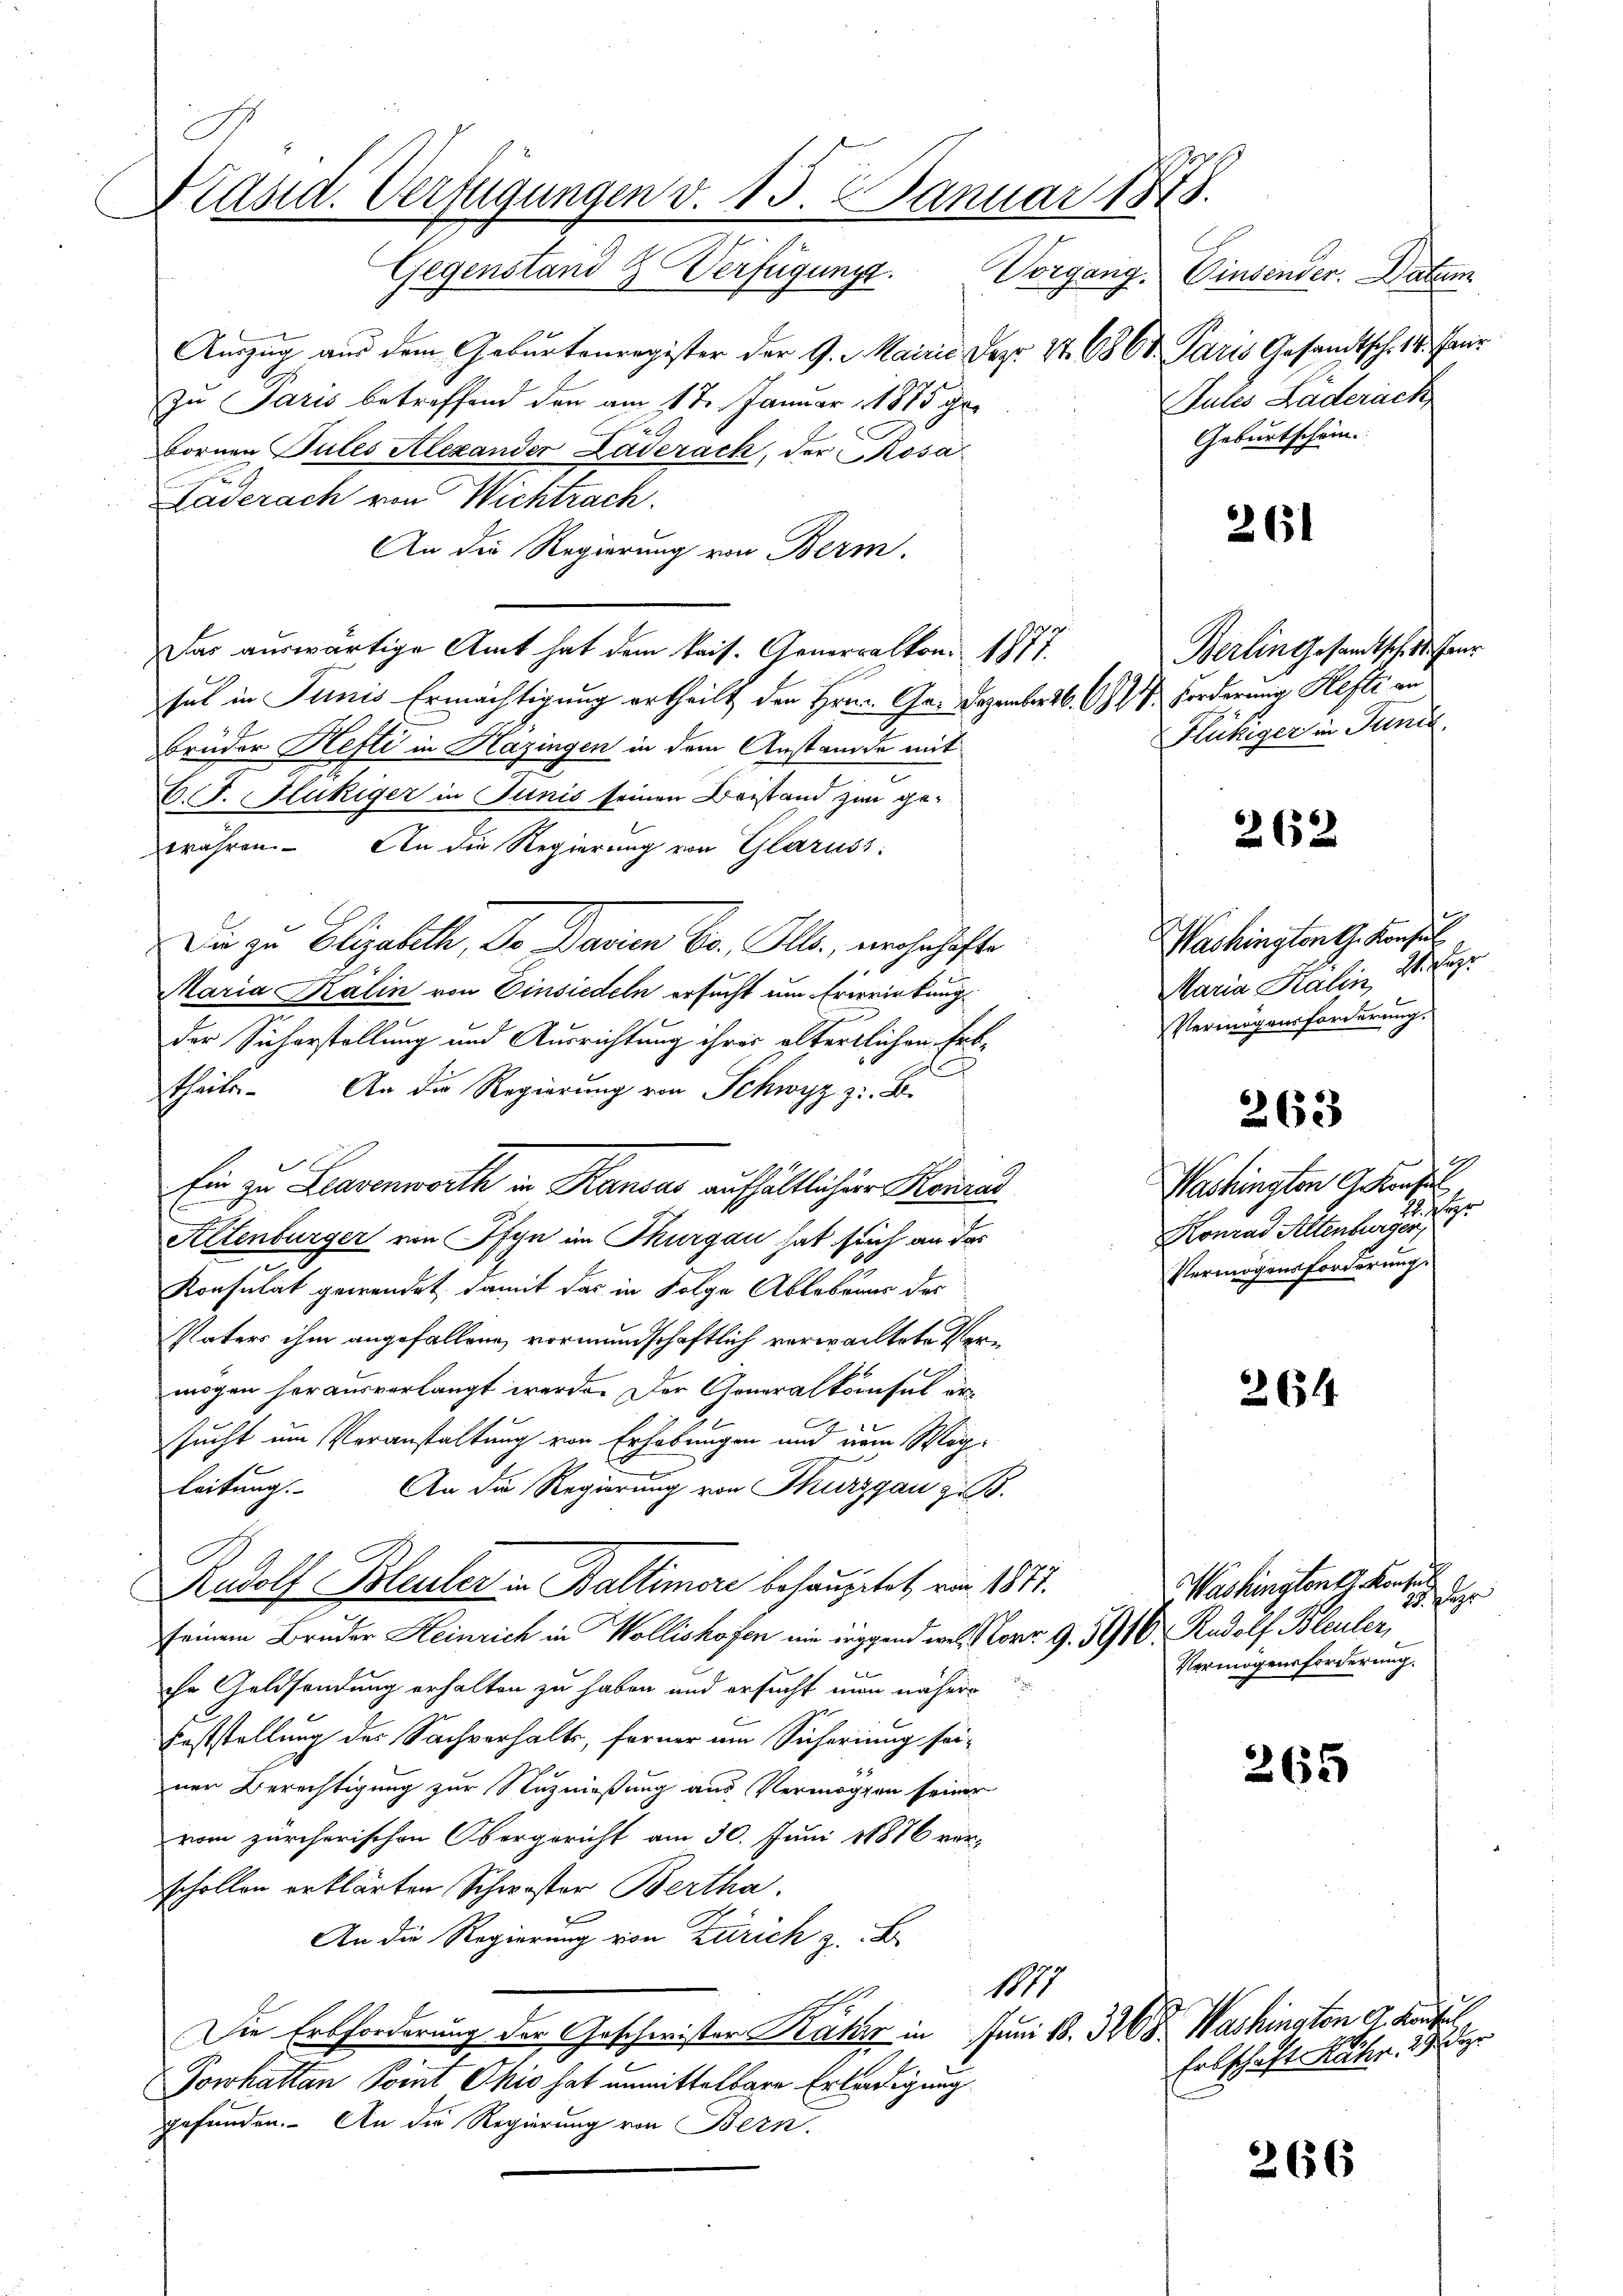
Präsid. Verfügungen v. 15. 2. Januar 1878.
Gegenstand & Verfügung. Vorgang. Einsender. Datum

Auszug aus dem Geburtenregister der 9. Mairie Dez. 27. 686. Paris Gesandtsch. 18. Feur
zu Paris betreffend den am 17. Januar 1875 ge¬
Bornen Pules Alexander Läderach, der Rosa
Läderach von Wichtrach.
An die Regierung von Berm.
Das auswärtige Amt hat dem kais. Generalkon. 1877.
sul in Junis Ermächtigung ertheilt den Hrn. Ge- Dezember 26. A. R. Forderung Hefte an
Brüder Hefti in Hazingen in dem Anstande mit
B.T.Hukiger in Junis seinen Beistand zu gewähren. An die Regierung von Glaruss:
Die zu Elizahlte, Dr Baaren Bs. Ill., wohnhafte
r
Maria Kalin von Einsiedeln ersucht um Erwirkung
der Sicherstellung und Ausrichtung ihrer altertlichen Erb¬
E
theile. An die Regierung von Schwyz z. B.
Altenburger von Ifyn im Thurgau hat sich an das
Konsulat gewendet, damit das in Folge Ablebens des
Paters ihm angefallene, vormundschaftlich verwachtete Vermögen herausverlangt werde. Der Generalkonsul ersucht um Veranstaltung von Erhebungen und dem Wagleitung. An die Regierung von Thurgau z. B.
Rudolf Bleuler in Baltimoni behauptet, von 1811.
seinem Bruder Heinrich in Wollishofen nie irgend wel Narr 9. 5916. Rudolf Bleuler,
ihr Geldsendung erhalten zu haben und ersucht man nähere
Feststellung des Sachverhalts, ferner um Sicherung sei-
ner Berechtigung zur Nutznießung aus Vermögen seiner
vom zürcherischen Obergericht am 30. Juni 18876 ver-
schollen erklärten Schwester Bertha.
An die Regierung von Zürich z. B.
1877
Die Erbforderung der Geschwister Raths in Juni 18. 3268 Washingten d. Konsul
Jorhatten Point Ohio hat unmittelbare Erledigung
gefunden. An die Regierung von Bern.

Ein zu Leavenworth in Kanons aufhältlicher Konrad

Sules Laderack
Geburtschein.

261

Berlin gesandtsch St. Heur
Flückiger in Juni.

262

Washington G. Konsul
Maria Kalin, 2. Jahr
Vermögensforderung.

263

9
Washington Gekonsul
M. Her
Konrad Altenburger
Vermögensforderung.

264

Washingtont z. Konsul
25. Der
Vermögensforderung.

265

Ertschaft Mähr. 29 der

266